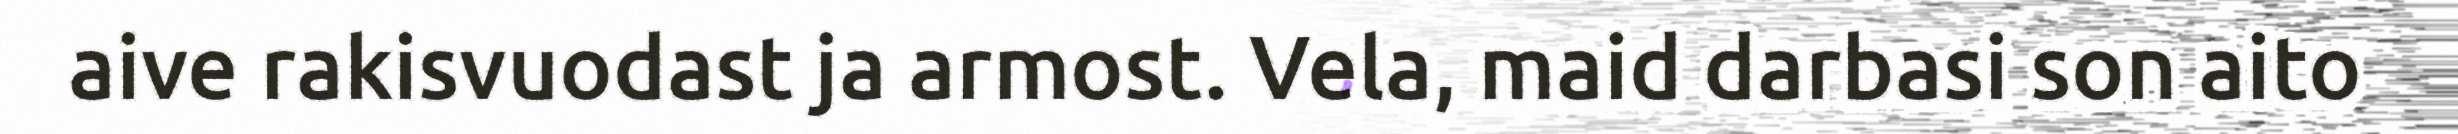
aive rakisvuodast ja armost. Vela, maid darbasi son aito